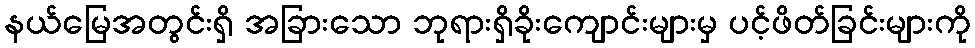
နယ်မြေအတွင်းရှိ အခြားသော ဘုရားရှိခိုးကျောင်းများမှ ပင့်ဖိတ်ခြင်းများကို